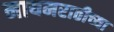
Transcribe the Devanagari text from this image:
मायमराठीच्या